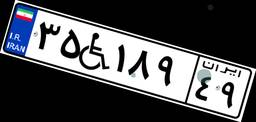
۱۹W۲۰۳۵۹